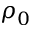
\rho _ { 0 }